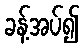
ခန့်အပ်၍